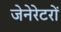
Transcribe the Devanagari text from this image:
जेनेरेटरों